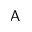
\mathsf { A }